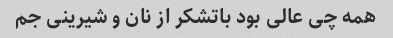
همه چی عالی بود باتشکر از نان و شیرینی جم